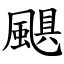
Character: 颶